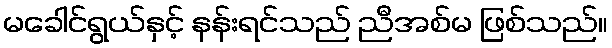
မခေါင်ရွယ်နှင့် နန်းရင်သည် ညီအစ်မ ဖြစ်သည်။